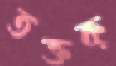
তক্‌তক্‌